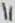
Text: 11